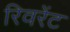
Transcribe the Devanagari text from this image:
रिवरेंट